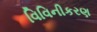
વિવિનીકરણ